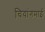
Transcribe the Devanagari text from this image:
चियांगमाई